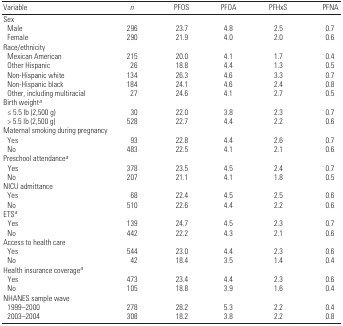
<table><thead><tr><td><b>Variable</b></td><td><b><i>n</i></b></td><td><b>PFOS</b></td><td><b>PFOA</b></td><td><b>PFHxS</b></td><td><b>PFNA</b></td></tr></thead><tbody><tr><td colspan="6">Sex</td></tr><tr><td> Male</td><td>296</td><td>23.7</td><td>4.8</td><td>2.5</td><td>0.7</td></tr><tr><td> Female</td><td>290</td><td>21.9</td><td>4.0</td><td>2.0</td><td>0.6</td></tr><tr><td colspan="6">Race/ethnicity</td></tr><tr><td> Mexican American</td><td>215</td><td>20.0</td><td>4.1</td><td>1.7</td><td>0.4</td></tr><tr><td> Other Hispanic</td><td>26</td><td>18.8</td><td>4.4</td><td>1.3</td><td>0.5</td></tr><tr><td> Non-Hispanic white</td><td>134</td><td>26.3</td><td>4.6</td><td>3.3</td><td>0.7</td></tr><tr><td> Non-Hispanic black</td><td>184</td><td>24.1</td><td>4.6</td><td>2.4</td><td>0.8</td></tr><tr><td> Other, including multiracial</td><td>27</td><td>24.6</td><td>4.1</td><td>2.7</td><td>0.5</td></tr><tr><td colspan="6">Birth weighta</td></tr><tr><td> ≤ 5.5 lb (2,500 g)</td><td>30</td><td>22.0</td><td>3.8</td><td>2.3</td><td>0.7</td></tr><tr><td> &gt; 5.5 lb (2,500 g)</td><td>528</td><td>22.7</td><td>4.4</td><td>2.2</td><td>0.6</td></tr><tr><td colspan="6">Maternal smoking during pregnancy</td></tr><tr><td> Yes</td><td>93</td><td>22.8</td><td>4.4</td><td>2.6</td><td>0.7</td></tr><tr><td> No</td><td>483</td><td>22.5</td><td>4.1</td><td>2.1</td><td>0.6</td></tr><tr><td colspan="6">Preschool attendancea</td></tr><tr><td> Yes</td><td>378</td><td>23.5</td><td>4.5</td><td>2.4</td><td>0.7</td></tr><tr><td> No</td><td>207</td><td>21.1</td><td>4.1</td><td>1.8</td><td>0.5</td></tr><tr><td colspan="6">NICU admittance</td></tr><tr><td> Yes</td><td>68</td><td>22.4</td><td>4.5</td><td>2.5</td><td>0.6</td></tr><tr><td> No</td><td>510</td><td>22.6</td><td>4.4</td><td>2.2</td><td>0.6</td></tr><tr><td colspan="6">ETSa</td></tr><tr><td> Yes</td><td>139</td><td>24.7</td><td>4.5</td><td>2.3</td><td>0.7</td></tr><tr><td> No</td><td>442</td><td>22.2</td><td>4.3</td><td>2.1</td><td>0.6</td></tr><tr><td colspan="6">Access to health care</td></tr><tr><td> Yes</td><td>544</td><td>23.0</td><td>4.4</td><td>2.3</td><td>0.6</td></tr><tr><td> No</td><td>42</td><td>18.4</td><td>3.5</td><td>1.4</td><td>0.4</td></tr><tr><td colspan="6">Health insurance coveragea</td></tr><tr><td> Yes</td><td>473</td><td>23.4</td><td>4.4</td><td>2.3</td><td>0.6</td></tr><tr><td> No</td><td>105</td><td>18.8</td><td>3.9</td><td>1.6</td><td>0.4</td></tr><tr><td colspan="6">NHANES sample wave</td></tr><tr><td> 1999–2000</td><td>278</td><td>28.2</td><td>5.3</td><td>2.2</td><td>0.4</td></tr><tr><td> 2003–2004</td><td>308</td><td>18.2</td><td>3.8</td><td>2.2</td><td>0.8</td></tr></tbody></table>